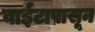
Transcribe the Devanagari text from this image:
वाईटापासून